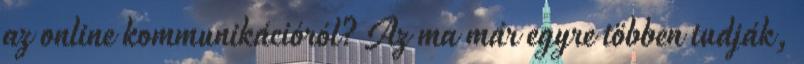
az online kommunikációról? Az ma már egyre többen tudják,